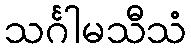
သင်္ဂါမသီသံ